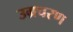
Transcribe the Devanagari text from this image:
उग्रचरण